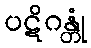
ပဋိဂန္တုံ